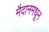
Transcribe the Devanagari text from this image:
मैदानमधून